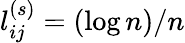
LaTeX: l_{ij}^{(s)}=(\log n)/n